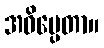
အဓိပ္ပေတာ။